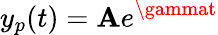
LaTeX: y_{p}(t)=\mathbf{A}e^{\gammat}